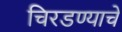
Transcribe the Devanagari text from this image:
चिरडण्‍याचे